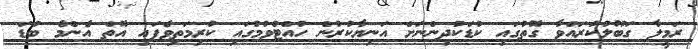
ރަމީލާ ގަބޫލުކުރައްވާ ގޮތުގައި ކުޑަކުދިންނަށް އަނިޔާކުރުން ހުއްޓުވުމުގައި ކުރިމަތިވެފައި އޮތް އެންމެ ބުޑަ